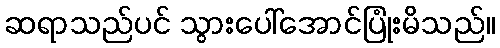
ဆရာသည်ပင် သွားပေါ်အောင်ပြုံးမိသည်။